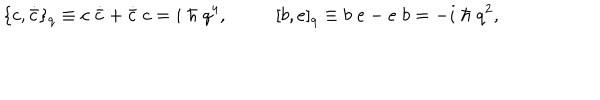
\{ c , \dot { \bar { c } } \} _ { q } \equiv c \; \dot { \bar { c } } + \dot { \bar { c } } \; c = i \; \hbar \; q ^ { 4 } , \; \qquad \; [ b , e ] _ { q } \equiv b \; e - e \; b = - i \; \hbar \; q ^ { 2 } ,